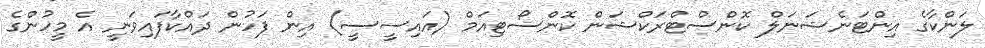
ލަންކާގެ އިންޓަނެޝަނަލް ކޮންސްޓްރަކްޝަން ކޮންސޯޓިއަމް (އައިސީސީ) އިން ފަހުން ދައްކާފައިވަނީ އެ މީހުންގެ